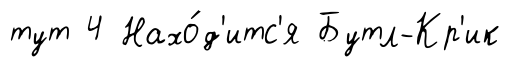
тут 4 Нахо́д'итс'я Бутл-Кр'ик